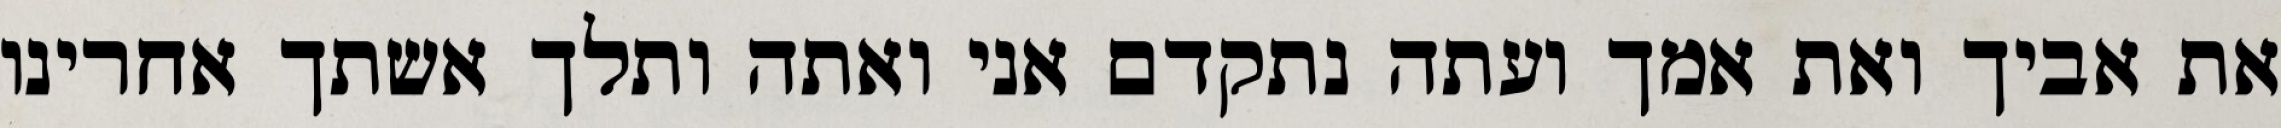
את אביך ואת אמך ועתה נתקדם אני ואתה ותלך אשתך אחרינו